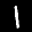
Label: 1